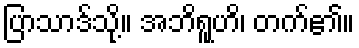
ပြာသာဒ်သို့။ အဘိရူဟိ၊ တက်၏။